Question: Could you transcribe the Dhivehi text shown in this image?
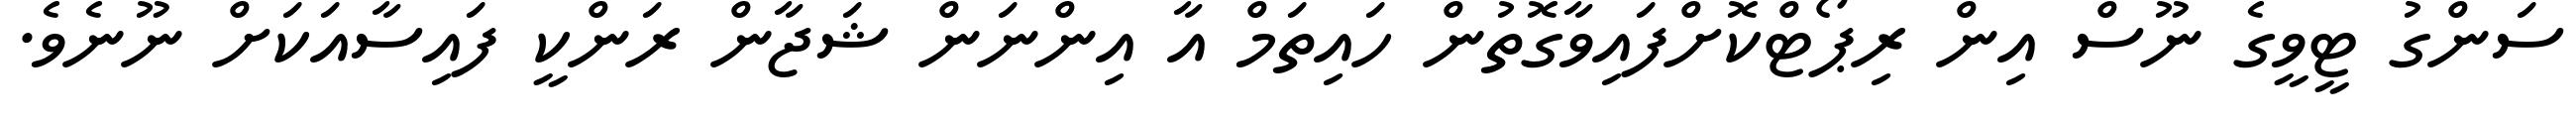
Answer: ސަންގު ޓީވީގެ ނޫސް އިން ރިޕޯޓްކޮށްފައިވާގޮތުން ހައިތަމް އާ އިންނަން ޝަޖާން ރަންކީ ފައިސާއަކަށް ނޫނެވެ.